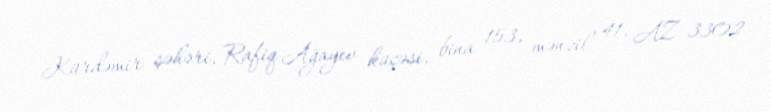
Kürdəmir şəhəri, Rafiq Ağayev küçəsi, bina 153, mənzil 41, AZ 3302